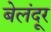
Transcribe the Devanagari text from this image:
बेलंदूर